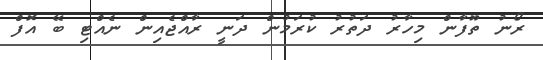
ރޯނު ތޫފާން މިހާރު ދަތުރު ކުރަމުން ދަނީ ރާއްޖެއިން ނެއްޓި ބޭ އޮފް